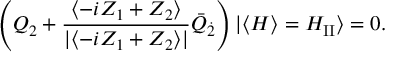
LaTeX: \left( Q _ { 2 } + \frac { \langle - i Z _ { 1 } + Z _ { 2 } \rangle } { | \langle - i Z _ { 1 } + Z _ { 2 } \rangle | } \bar { Q } _ { \dot { 2 } } \right) | \langle H \rangle = H _ { \mathrm { I I } } \rangle = 0 .